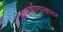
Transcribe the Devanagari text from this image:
आकर्षाणाखातर